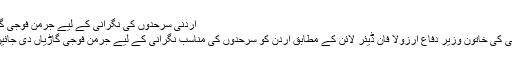
اردنی سرحدوں کی نگرانی کے لیے جرمن فوجی گاڑیاں
جرمنی کی خاتون وزیر دفاع اُرزولا فان ڈیئر لائن کے مطابق اردن کو سرحدوں کی مناسب نگرانی کے لیے جرمن فوجی گاڑیاں دی جائیں گی۔